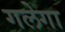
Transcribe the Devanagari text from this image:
गलेगा